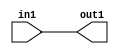
`timescale 1ps / 1ps
/*****************************************************************************
    Verilog RTL Description
    
    
    Created by: CellMath Designer 2019.1.01 
*******************************************************************************/

module DFT_compute_entirecomputation_alt0_4 (
	in1,
	out1
	); /* architecture "behavioural" */ 
input [31:0] in1;
output [31:0] out1;

assign out1 = in1;
endmodule

/* CADENCE  urPyTAE= : u9/ySgnWtBlWxVPRXgAZ4Og= ** DO NOT EDIT THIS LINE ******/